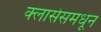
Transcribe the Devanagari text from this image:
क्लासेसमधून